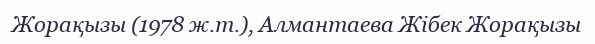
Жорақызы (1978 ж.т.), Алмантаева Жібек Жорақызы